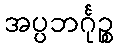
အပ္ပဘင်္ဂုဉ္စ